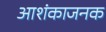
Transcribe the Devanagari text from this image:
आशंकाजनक